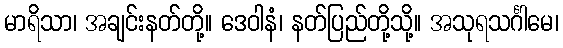
မာရိသာ၊ အချင်းနတ်တို့။ ဒေဝါနံ၊ နတ်ပြည်တို့သို့။ အသုရသင်္ဂါမေ၊